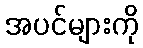
အပင်များကို